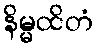
နိမ္မထိတံ